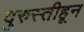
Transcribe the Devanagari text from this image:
दुरुस्तीहून